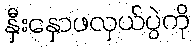
နှီးနှောဖလှယ်ပွဲကို